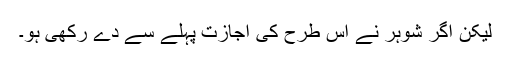
لیکن اگر شوہر نے اس طرح کی اجازت پہلے سے دے رکھی ہو۔